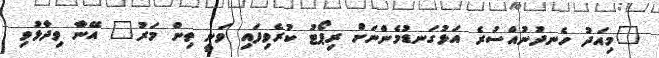
"މިއަދު ހެނދުނުއްސުރެ އަޅުގަނޑުމެންނަށް ރިޕޯޓު ކުރެވިފައި ވަނީ ތިން މަރު" އޭނާ ވިދާޅުވި